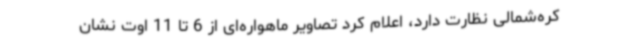
کره‌شمالی نظارت دارد، اعلام کرد تصاویر ماهواره‌ای از 6 تا 11 اوت نشان